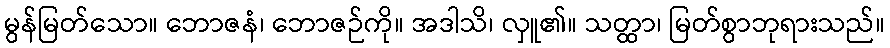
မွန်မြတ်သော။ ဘောဇနံ၊ ဘောဇဉ်ကို။ အဒါသိ၊ လှူ၏။ သတ္ထာ၊ မြတ်စွာဘုရားသည်။